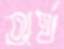
অর্থ